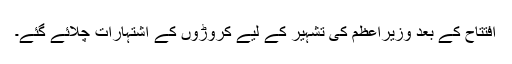
افتتاح کے بعد وزیراعظم کی تشہیر کے لیے کروڑوں کے اشتہارات چلائے گئے۔